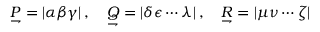
{ \underset { \rightharpoondown } { P } } = | \alpha \beta \gamma | \, , \quad { \underset { \rightharpoondown } { Q } } = | \delta \epsilon \cdots \lambda | \, , \quad { \underset { \rightharpoondown } { R } } = | \mu \nu \cdots \zeta |